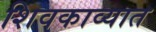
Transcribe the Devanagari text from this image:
शिवकाव्यात